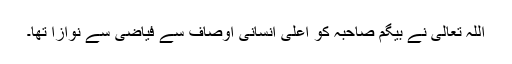
اللہ تعالیٰ نے بیگم صاحبہ کو اعلیٰ انسانی اوصاف سے فیاضی سے نوازا تھا۔